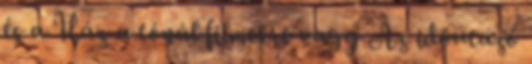
és a Ház a tónál filmekre vagy Az időutazó